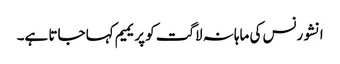
انشورنس کی ماہانہ لاگت کو پریمیم کہا جاتا ہے۔